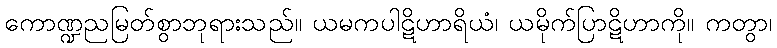
ကောဏ္ဍညမြတ်စွာဘုရားသည်။ ယမကပါဋိဟာရိယံ၊ ယမိုက်ပြာဋိဟာကို။ ကတွာ၊